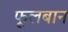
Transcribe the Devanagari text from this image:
फूलबान